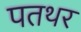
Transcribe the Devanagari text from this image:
पतथर